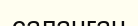
саланган